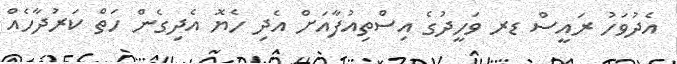
އެދުވަހު ރައީސް ޑރ ވަހީދުގެ އިސްތިއުފާއަށް އެދި ހެޔޮ އެދިގެން ހަތް ކަރުދާހެއް